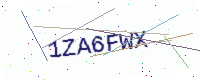
Text: 1ZA6FWX